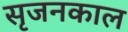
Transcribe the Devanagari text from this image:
सृजनकाल